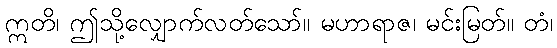
ဣတိ၊ ဤသို့လျှောက်လတ်သော်။ မဟာရာဇ၊ မင်းမြတ်။ တံ၊